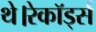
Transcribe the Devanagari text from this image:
थे।रेकॉर्ड्स